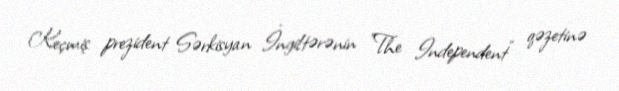
Keçmiş prezident Sərkisyan İngiltərənin "The Independent" qəzetinə